Annual statistical returns and brief notes on vaccination in Bengal - 1887-1898
Year: 1887
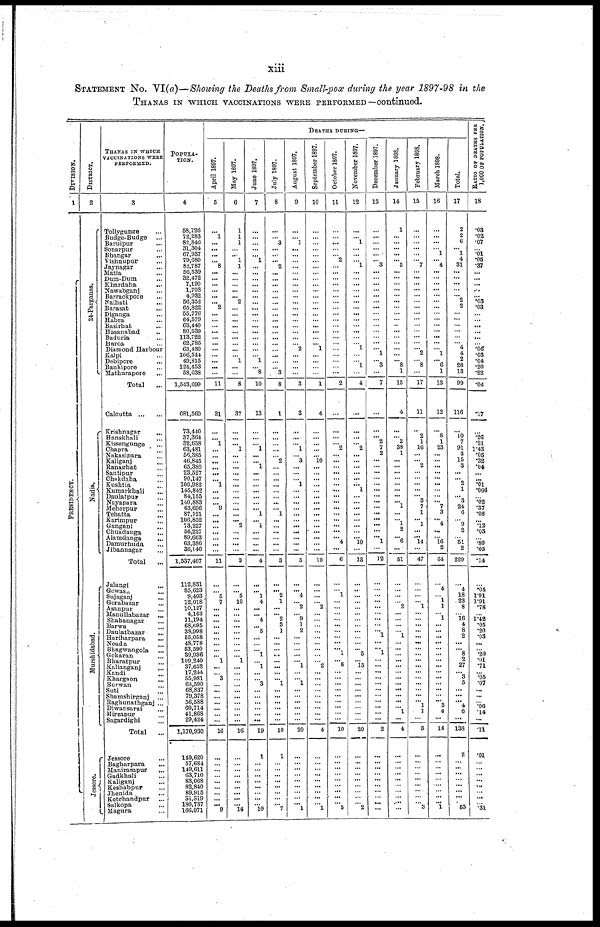
xiii
STATEMENT No. VI(a)—Showing the Deaths from Small-pox during the year 1897-98 in the
THANAS IN WHICH VACCINATIONS WERE PERFORMED—continued.
DIVISION.
1
PRESIDENCY.
DISTRICT.
2
24-Parganas.
Nadia.
Murshidabad.
Jessore.
THANAS IN WHICH
VACCINATIONS WERE
PERFORMED.
3
Tollygunge ...
Budge-Budge ...
Baruipur ...
Sonarpur ...
Bhangar ...
Vishnupur ...
Jaynagar ...
Matla ...
Dum-Dum ...
Khardaha
...
Nawabganj ...
Barrackpore ...
Naihati ...
Barasat ...
Diganga ...
Habra ...
Basirhat
...
Hasanabad ...
Baduria ...
Haroa ...
Diamond Harbour
Kalpi ...
Debipore ...
Bankipore ...
Mathurapore
...
Total
...
Calcutta ... ...
Krishnagar ...
Banskhali ...
Kissengunge ...
Chapra ...
Nakasipara ...
Kaliganj ...
Ranaghat
...
Santipur ...
Chakdaha ...
Kushtia
...
Kumarkhali
...
Daulatpur ...
Nayapara ...
Meherpur ...
Tehatta
...
Karimpur ...
Gangani ...
Chuadanga
...
Alamdanga
...
Damurhuda ...
Jibannagar ...
Total
...
Jalangi
...
Gowas ...
Sujaganj ...
Gorabazar ...
Asanpur ...
Manullabazar ...
Shahanagar ...
Barwa ...
Daulatbazar
...
Hariharpara ...
Noada ...
Bhagwangola ...
Gokaran ...
Bharatpur ...
Kalianganj
Kandi ...
Khargaon ...
Burwan ...
Suti ...
Shamshirganj ...
Raghunathganj ...
Diwansarai ...
Mirzapur ...
Sagardighi
...
Total
...
Jessore ...
Bagharpara ...
Manirampur
...
Gadkhali ...
Kaliganj ...
Keshabpur ...
Jhenida ...
Kotchandpur ...
Salkopa ...
Magura ...
POPULA¬
TION.
4
58,726
72,283
82,846
31,304
67,937
79,080
82,787
56,539
32,472
7,190
1,708
4,932
56,352
65,822
55,776
64,579
63,440
80,539
113,722
62,785
63,430
106,544
49,815
124,453
58,638
1,543,699
681,560
73,410
37,364
32,658
63,481
56,385
46,845
65,380
23,527
90,147
100,982
145,842
84,155
140,883
63,696
87,121
106,852
73,227
56,227
89,663
63,386
36,146
1,537,407
112,831
85,623
9,403
12,018
10,127
4,163
11,194
68,695
38,998
55,058
48,778
53,590
39,936
109,240
37,652
17,244
55,981
63,590
68,837
79,378
56,588
60,714
41,868
29,424
1,170,930
149,620
57,684
149,611
63,710
83,068
82,840
89,915
31,819
180,737
166,071
DEATHS DURING—
April 1897.
5
...
1
...
...
...
... 8
...
...
...
...
...
... 2
...
...
...
...
...
...
...
...
...
...
...
11
31
...
... 1
...
...
...
... ...
... 1
...
...
... 9
...
...
...
...
...
...
...
11
...
... 5
7
...
...
...
...
...
...
...
...
... 1
...
... 3
...
...
...
...
...
...
...
16
...
...
...
...
...
...
...
... ... 9
May 1897.
6
1
1
1
...
...
1
1
...
...
...
...
... 2
...
...
...
...
...
...
...
...
... 1
...
...
8
37
...
...
... 1
...
...
... ...
...
...
...
...
...
...
...
... 2
...
...
...
...
3
...
... 5
10
...
...
...
...
...
...
...
...
... 1
...
...
...
...
...
...
...
...
...
...
16
...
...
...
...
...
...
...
... ... 14
June 1897.
7
...
...
...
...
... 1
...
...
...
...
...
...
...
...
...
...
...
...
...
...
...
...
1
...
8
10
13
...
...
... 1
... ...
1
...
...
...
...
...
...
... 1
... 1
...
...
...
...
4
...
... 1
4
...
... 4
...
5
...
...
... 1
...
1
...
... 3
...
...
...
...
...
...
19
1
...
... ...
...
...
...
... ... 10
July 1897.
8
...
... 3
...
...
... 2
...
...
...
...
...
...
...
... ...
...
...
...
...
...
...
...
...
3
8
1
...
...
...
...
... 2
... ...
...
...
...
...
...
... 1
...
...
...
...
...
...
3
...
... 2
1
...
... 2
3
1
...
...
...
...
...
...
...
... 1
...
...
...
...
...
...
10
1
...
...
...
...
...
...
... ... 7
August 1897.
9
...
... 1
...
...
...
...
...
...
...
...
...
...
...
...
...
...
...
...
...
2
...
...
...
...
3
3
...
...
...
1
... 3
... ...
... 1
...
...
...
...
...
...
...
...
...
...
...
5
...
... 4
...
2
... 9
1
2
...
...
...
...
... 1
...
...
1
...
...
...
...
...
...
20
...
...
... ...
...
...
...
... ... 1
September 1897.
10
...
...
...
...
...
...
...
...
...
...
...
...
...
...
...
...
...
...
...
...
1
...
...
...
...
1
4
...
...
...
...
...
10
... ...
...
...
...
...
...
...
...
...
...
...
...
...
...
10
...
...
...
... 2
...
...
...
...
...
...
...
...
...
2
...
...
...
...
...
...
...
...
...
4
...
...
... ...
...
...
...
... ... 1
October 1897.
11
...
...
...
...
... 2
...
...
...
...
...
...
...
...
...
...
...
...
...
...
...
...
...
...
...
2
...
...
...
... 2
...
...
... ...
...
...
...
...
...
...
...
...
...
...
... 4
...
6
...
...
1
...
...
...
...
...
...
...
...
... 1
... 8
...
...
...
...
...
...
...
...
...
10
...
...
... ...
...
...
...
... ... 5
November 1897.
12
...
... 1
...
...
...
1
...
...
...
...
...
...
...
...
...
...
...
...
...
1
...
... 1
...
4
...
...
...
... 2
...
...
... ...
...
... 1
...
...
...
...
...
...
...
... 10
...
13
...
...
...
...
...
...
...
...
...
...
...
... 5
...
15
...
...
...
...
...
...
...
...
...
20
...
...
... ...
...
...
...
... ... 2
December 1897.
13
...
... ...
...
...
...
3
...
...
...
...
...
...
...
...
...
...
...
...
...
... 1
...
3
...
7
...
...
... 2
7
2
...
... ...
...
...
...
...
...
...
...
...
...
...
... 1
...
12
...
...
...
...
...
...
...
...
...
1
...
... 1
...
...
...
...
...
...
...
...
...
...
2
...
...
... ...
...
...
...
... ...
...
January 1898.
14
1
... ...
...
...
...
5
...
...
...
...
...
...
...
...
... ...
...
...
...
...
...
... 8
1
15
4
...
... 2
38
1
...
... ...
...
...
...
...
... 1
...
... 1
2
... 6
...
51
...
...
...
...
2
...
...
...
... 1
...
...
...
...
...
...
...
...
...
...
...
...
1
...
4
...
...
...
...
...
...
...
... ....
...
February 1898.
15
...
...
...
...
...
...
7
...
...
...
...
...
...
...
...
...
...
...
...
...
... 2
...
8
...
17
11
...
2
1
16
...
...
2
...
...
...
...
... 3
7
1
... 1
...
... 14
...
47
...
...
...
... 1
...
...
...
...
...
...
...
...
...
...
...
...
...
...
...
... 1
1
...
3
...
...
... ...
...
...
...
... ... 3
March 1898.
16
...
... ...
...
1
... 4
...
...
...
...
...
...
...
...
...
...
...
...
...
... 1
...
6
1
13
12
...
8
1
23
...
...
... ...
...
...
...
...
... 7
3
... 4
...
...
16
2
64
...
4
... 1
1
... 1
...
...
...
...
...
...
...
...
...
...
...
...
...
... 3
4
...
14
...
...
... ...
...
....
...
... ... 1
Total.
17
2
2
6
...
1
4
31
...
...
...
... ...
2
2
...
...
...
...
...
... 4
4
2
26
13
99
116
...
10 7
91
3
15
3
...
...
2
1
... 3
24
6
... 9
2
...
51
2
229
...
4
18
.23
8
... 16
4
8
2
...
... 8
2
27
...
3
5
...
...
...
4
6
...
138
2
...
...
...
...
...
...
... ... 53
RATIO OF DEATHS PER
1,000 07 POPULATION.
18
.03
.02
.07
...
.01
.05
.37
...
...
...
...
...
.03
.03
...
...
...
...
...
...
.06
.03
.04
.20
.22
.06
.17
...
.26 .21
1.43
.05
.32
.04
...
... .01
.006
...
.02
.37
.06
...
.12
.03
...
.80
.05
.14
...
.04
1.91
1.91
.78
...
1.42
.05
.20
.03
...
...
.20
.01
.71
...
.05
.07
...
...
...
.06
.14
...
.11
.01
...
... ...
...
...
...
... ... .31